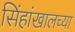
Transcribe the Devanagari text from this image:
सिंहांखालच्या